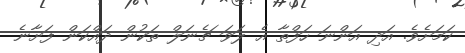
ކަމަށެވެ. އަދި އަންނަ ހަފްތާ އެ ލަވަ ޗެނަލް ތަކުން ދައްކަން ފަށާނެ